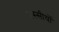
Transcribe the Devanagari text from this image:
रस्सीयों